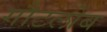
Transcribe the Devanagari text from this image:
गौटलोब